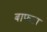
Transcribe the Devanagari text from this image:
बाफटा